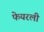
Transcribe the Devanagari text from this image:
फेयरली